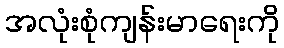
အလုံးစုံကျန်းမာရေးကို